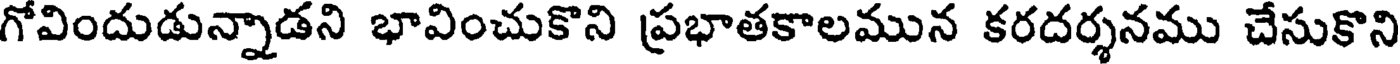
గోవిందుడున్నాడని భావించుకొని ప్రభాతకాలమున కరదర్శనము చేసుకొని